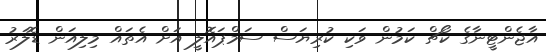
އާޖެންޓީނާގެ ކޯޗް ކަމުން ވަކި ކުރިޔަސް ސަމްޕައޮލީ އަށް އެތައް މިލިއަން ޑޮލަރު